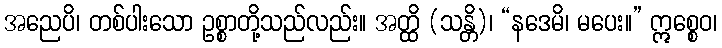
အညေပိ၊ တစ်ပါးသော ဥစ္စာတို့သည်လည်း။ အတ္ထိ (သန္တိ)၊ “နဒေမိ၊ မပေး။” ဣစ္စေဝ၊